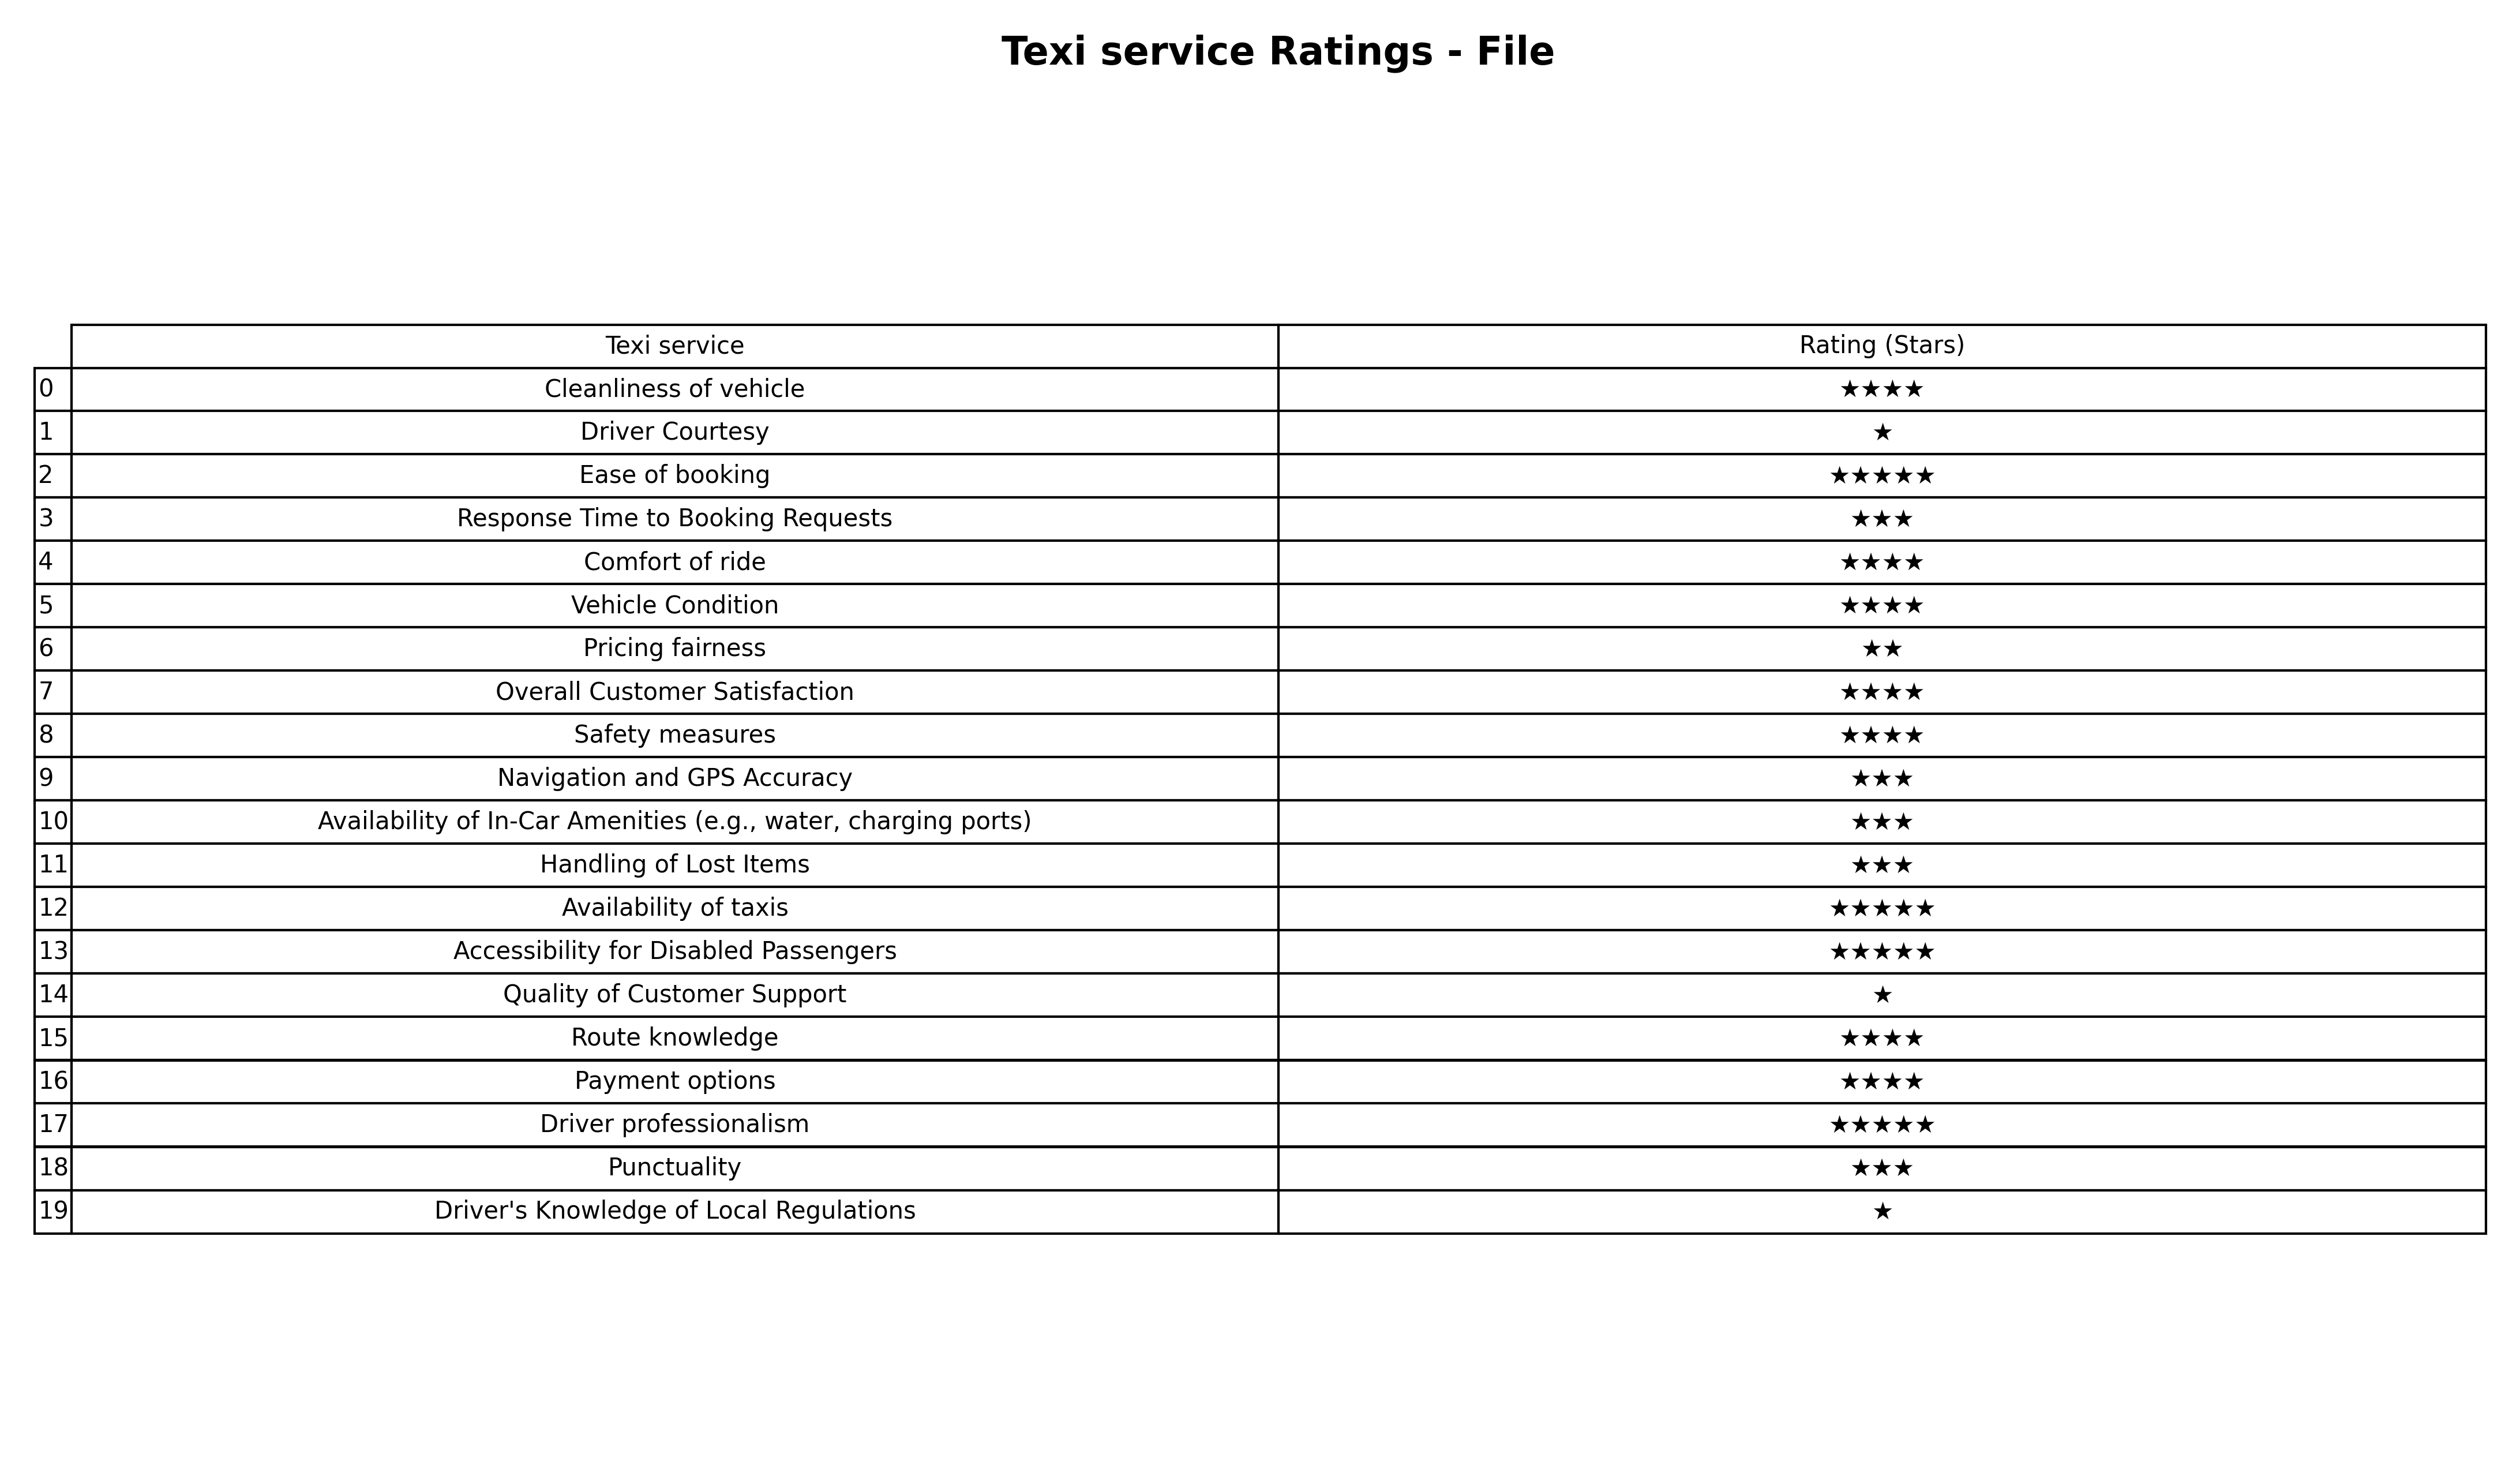
question: What is the rating of Safety measures?
answer: ★★★★